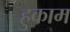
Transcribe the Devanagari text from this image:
हुकाम